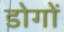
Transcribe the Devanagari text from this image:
डोगों